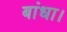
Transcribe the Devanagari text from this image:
बांधा।